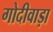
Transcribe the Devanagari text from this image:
गोदीवाड़ा